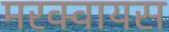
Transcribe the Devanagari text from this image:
मरक्वायस